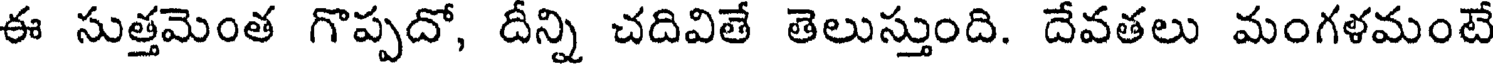
ఈ సుత్తమెంత గొప్పదో, దీన్ని చదివితే తెలుస్తుంది. దేవతలు మంగళమంటే